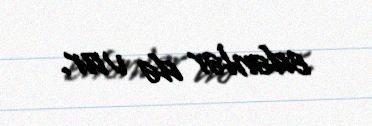
edənlər də var.